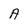
Character: A